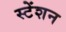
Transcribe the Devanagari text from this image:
स्टेंशन